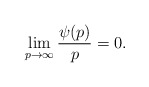
\begin{align*} \lim_{p \to \infty} \frac{\psi(p)}{p} = 0.\end{align*}